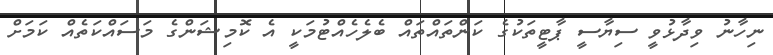
ނިހާނު ވިދާޅުވީ ސިޔާސީ ޕާޓީތަކުގެ ކަންތައްތައް ބެލެހެއްޓުމަކީ އެ ކޮމިޝަންގެ މަސައްކަތެއް ކަމަށް